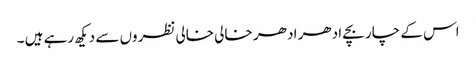
اس کے چار بچے ادھر اد ھر خالی خالی نظروں سے دیکھ رہے ہیں ۔